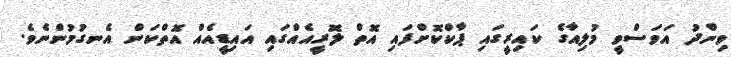
ވިންދު އަވަސްވީ މުލިއާގެ ކައިރީގައި ޕާކްކޮށްފައި އޮތް ލޮރީއެއްގައި އައިޑީއެއް އޮތްކަން އެނގުމުންނެވެ.